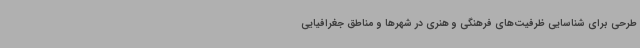
طرحی برای شناسایی ظرفیت‌های فرهنگی و هنری در شهرها و مناطق جغرافیایی